画像に写った文字を読んでください
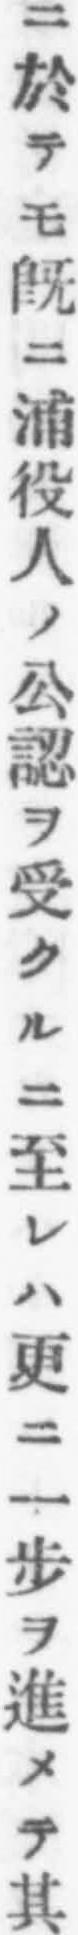
「ニ於テモ既ニ浦役人ノ公認ヲ受クルニ至レハ更ニ一步ヲ進メテ其」と書いてあります